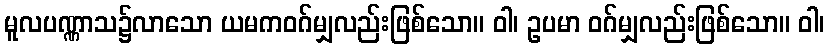
မူလပဏ္ဏာသ၌လာသော ယမကဝဂ်မျှလည်းဖြစ်သော။ ဝါ၊ ဥပမာ ဝဂ်မျှလည်းဖြစ်သော။ ဝါ၊